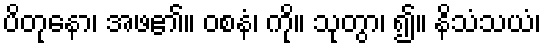
ပိတုနော၊ အဖ၏။ ဝစနံ၊ ကို။ သုတွာ၊ ၍။ နိသံသယံ၊